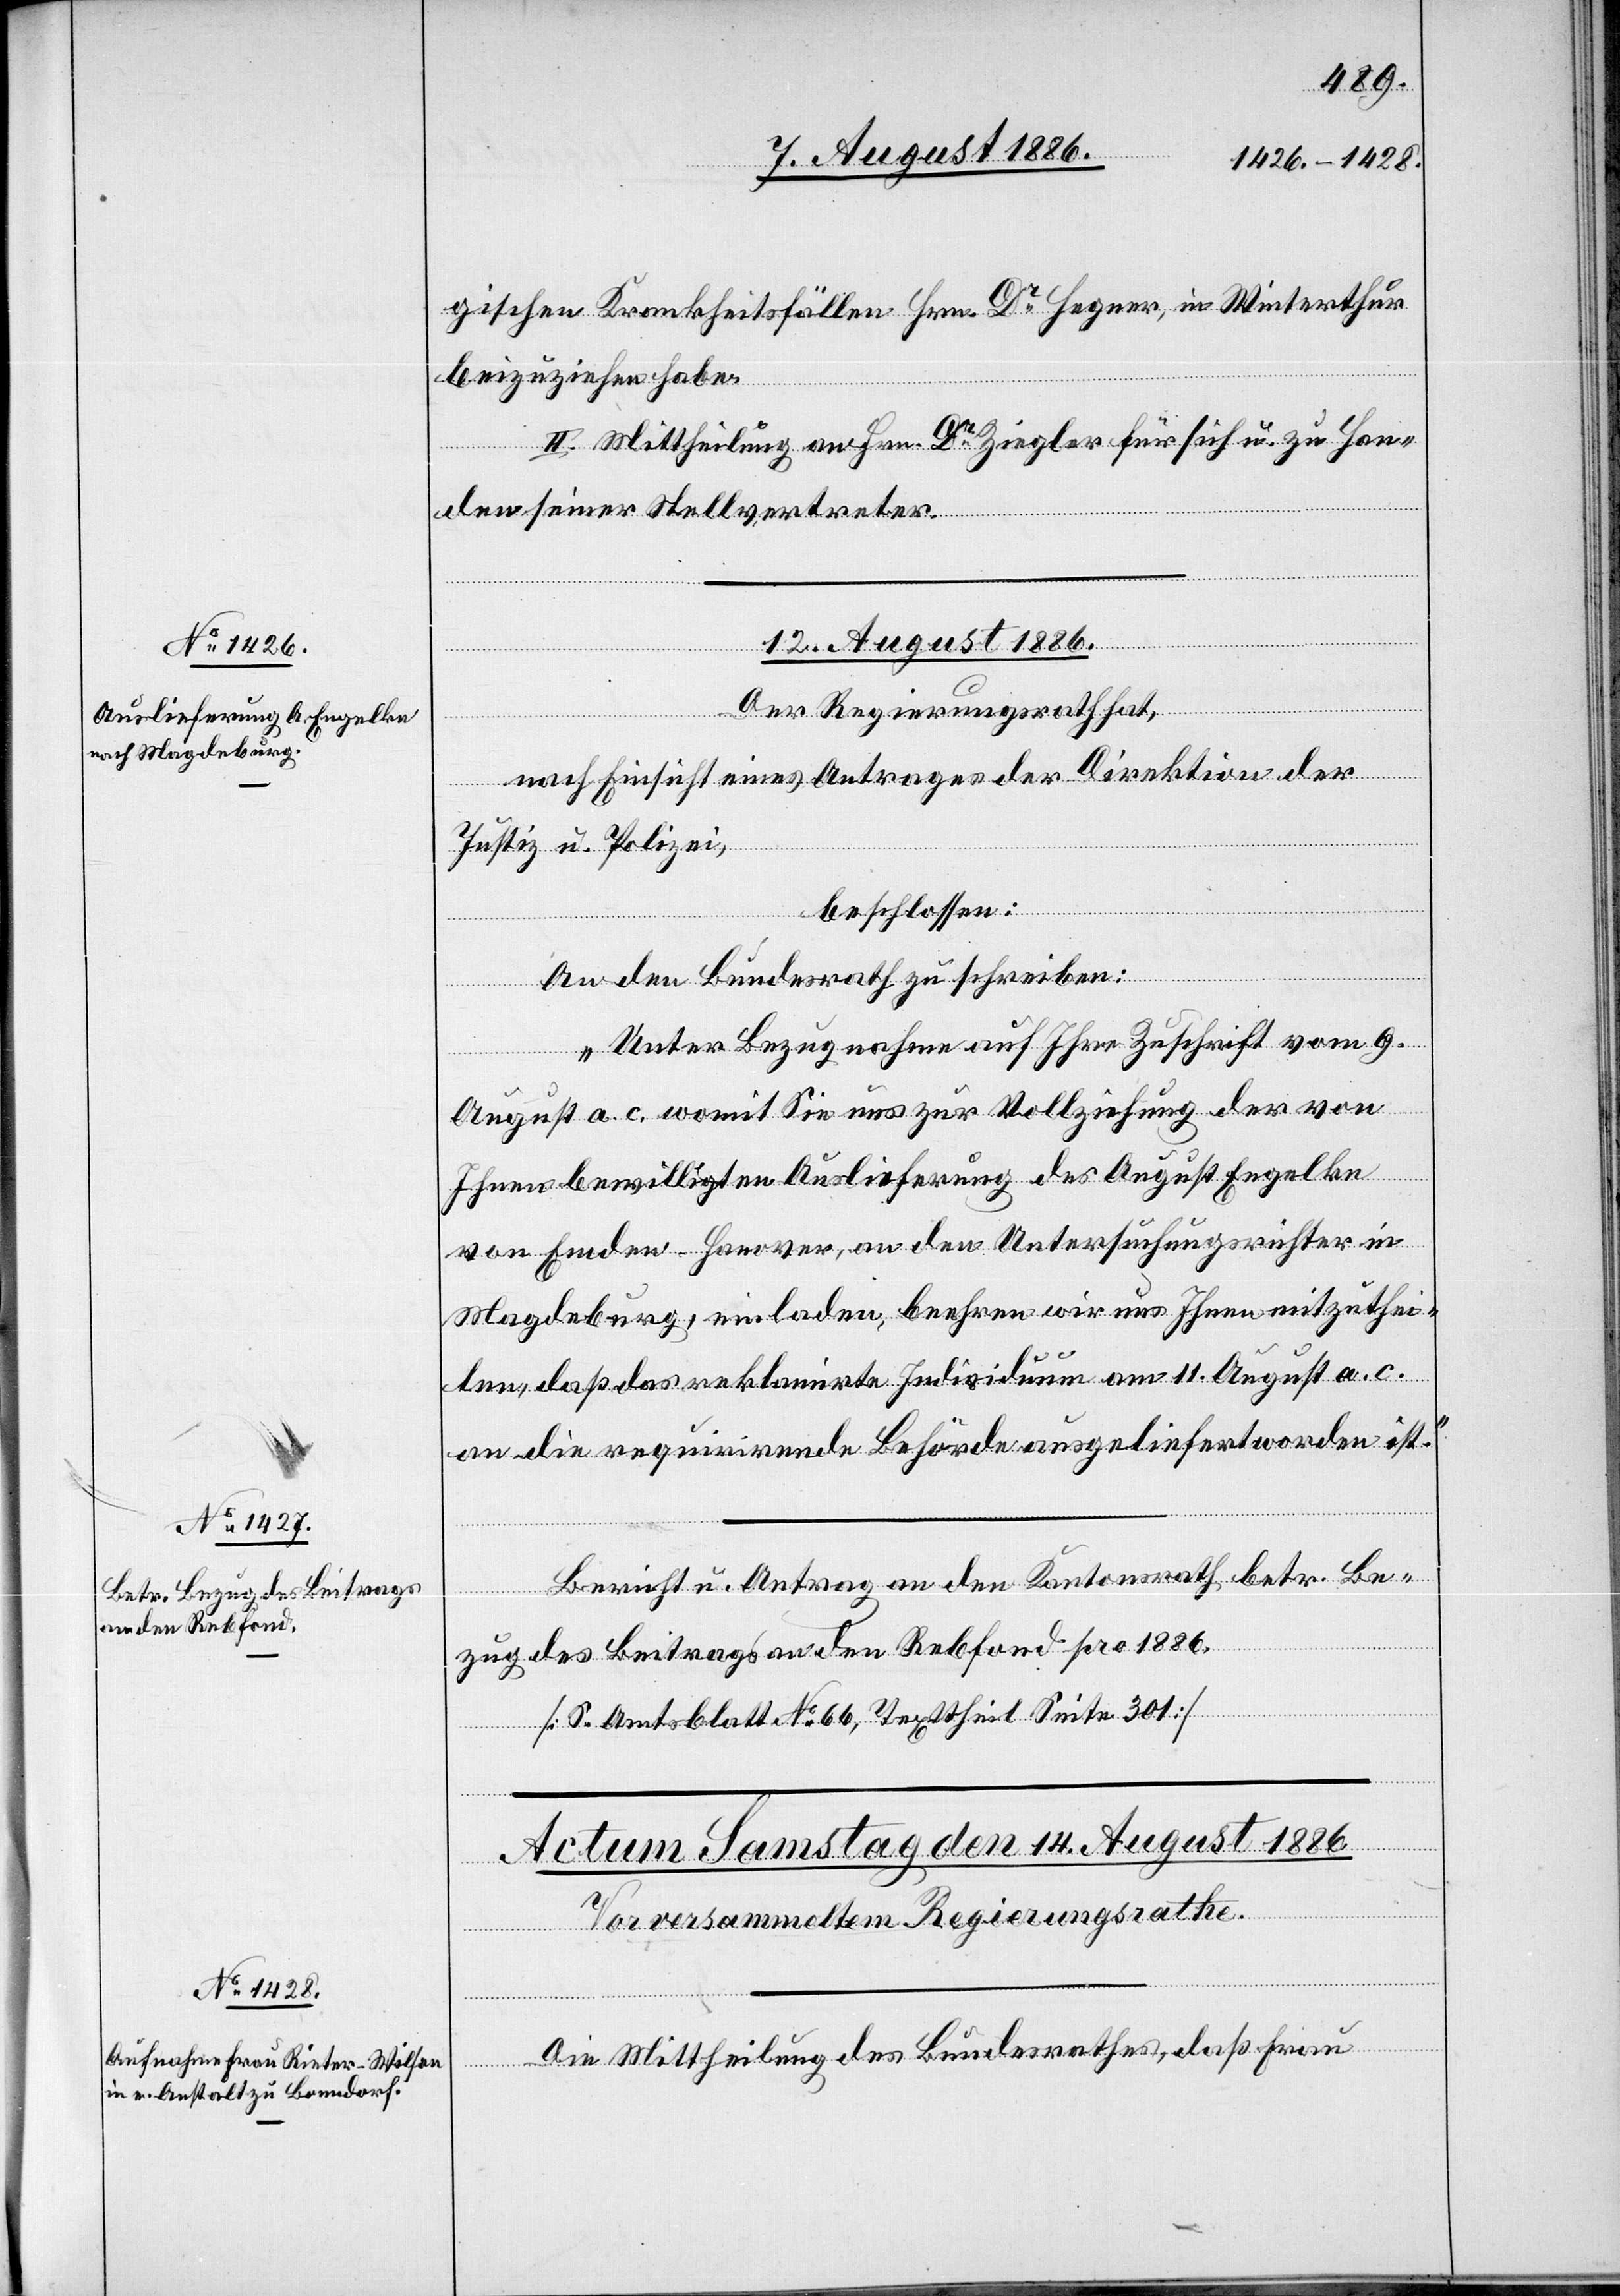
gischen Krankheitsfällen Hrn. Dr Hegner, in Winterthur
beizuziehen habe.
II. Mittheilung an Hrn. Dr Ziegler für sich u. zu Han¬
alverfügungen
den seiner Stellvertreter.
12. August 1886.]
Der Regierungsrath hat,
[Präsidi¬
nach Einsicht eines Antrages der Direktion der
Justiz u. Polizei,
beschlossen:
An den Bundesrath zu schreiben:
„Unter Bezugnahme auf Ihre Zuschrift vom 9.
August a. c. womit Sie uns zur Vollziehung der von
Ihnen bewilligten Auslieferung des August Engelke
von Emden - Hanover, an den Untersuchungsrichter in
Magdeburg einladen, beehren wir uns Ihnen mitzuthei¬
len, daß das reklamirte Individuum am 11. August a. c.
an die requirirende Behörde ausgeliefert worden ist.“
Bericht u. Antrag an den Kantonsrath betr. Be¬
zug des Beitrags an den Rebfond pro 1886.
[S. Amtsblatt No 66, Texttheil Seite 301]
Die Mittheilung des Bundesrathes, daß Frau